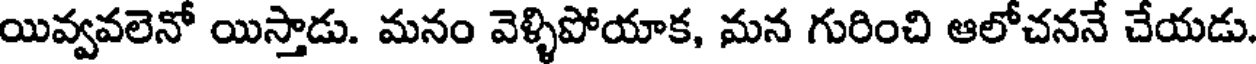
యివ్వవలెనో యిస్తాడు. మనం వెళ్ళిపోయాక, మన గురించి ఆలోచననే చేయడు.